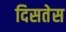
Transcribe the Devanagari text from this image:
दिसतेस